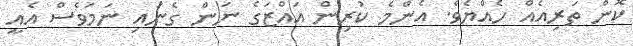
ކޮން ތަރިއެއް ހެއްޔެވެ. އެންމެ ކުރިން އައްޒަގެ ނަން ގެނައި ނަމަވެސް އެއީ